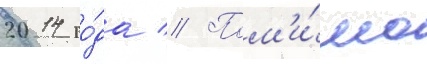
2014 го́да // Пом'и́мо